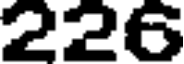
226